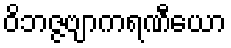
ဝိဘဇ္ဇဗျာကရဏီယော